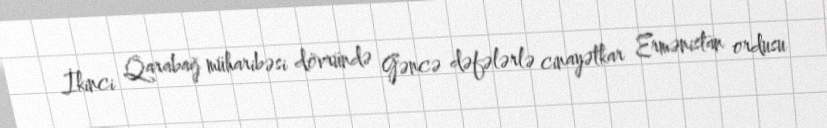
İkinci Qarabağ müharibəsi dövründə Gəncə dəfələrlə cinayətkar Ermənistan ordusu